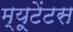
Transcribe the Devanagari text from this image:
म्यूटेंटस